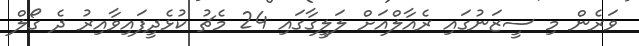
ވަރެން މި ސީޒަނުގައި ރެއާލްއަށް ލަލީގާގައި 24 މެޗު ކުޅެދީފައިވާއިރު ދެ ގޯލް